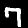
Digit: 7